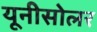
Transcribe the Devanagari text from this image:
यूनीसोलर